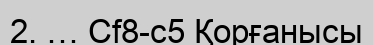
2. … Сf8-c5 Қорғанысы